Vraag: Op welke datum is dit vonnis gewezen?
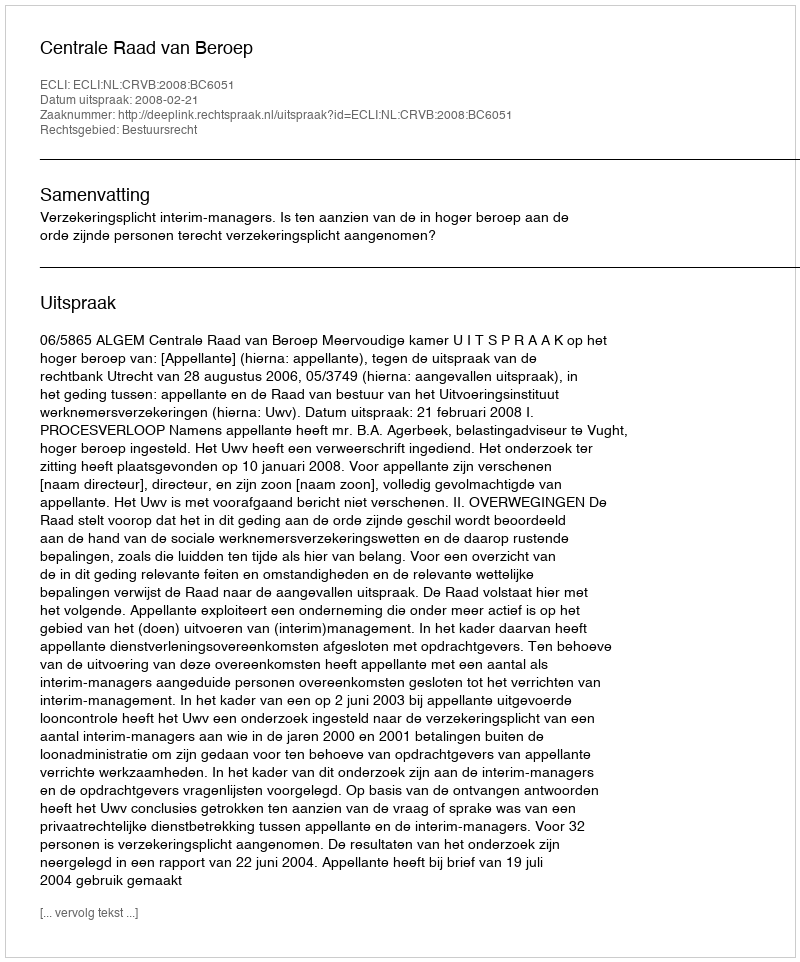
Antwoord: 2008-02-21